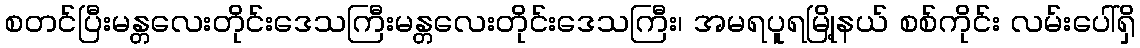
စတင်ပြီးမန္တလေးတိုင်းဒေသကြီးမန္တလေးတိုင်းဒေသကြီး၊ အမရပူရမြို့နယ် စစ်ကိုင်း လမ်းပေါ်ရှိ